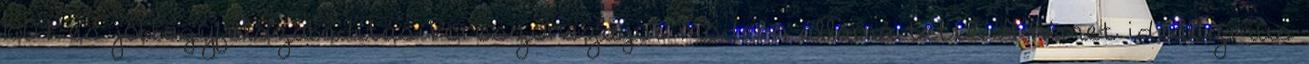
1807-es jobbágyfelszabadítás Poroszországot modern államá tette. A német idealizmus